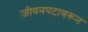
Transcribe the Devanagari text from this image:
जीवनपटावरून